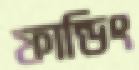
ফান্ডিং